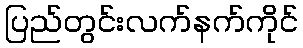
ပြည်တွင်းလက်နက်ကိုင်